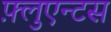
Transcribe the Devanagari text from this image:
फ़्लुएन्टस